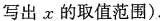
写出x的取值范围）.